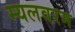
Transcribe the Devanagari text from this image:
म्यलवरम